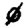
Digit: 0